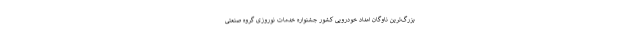
بزرگ‌ترین ناوگان امداد خودرویی کشور جشنواره خدمات نوروزی گروه صنعتی